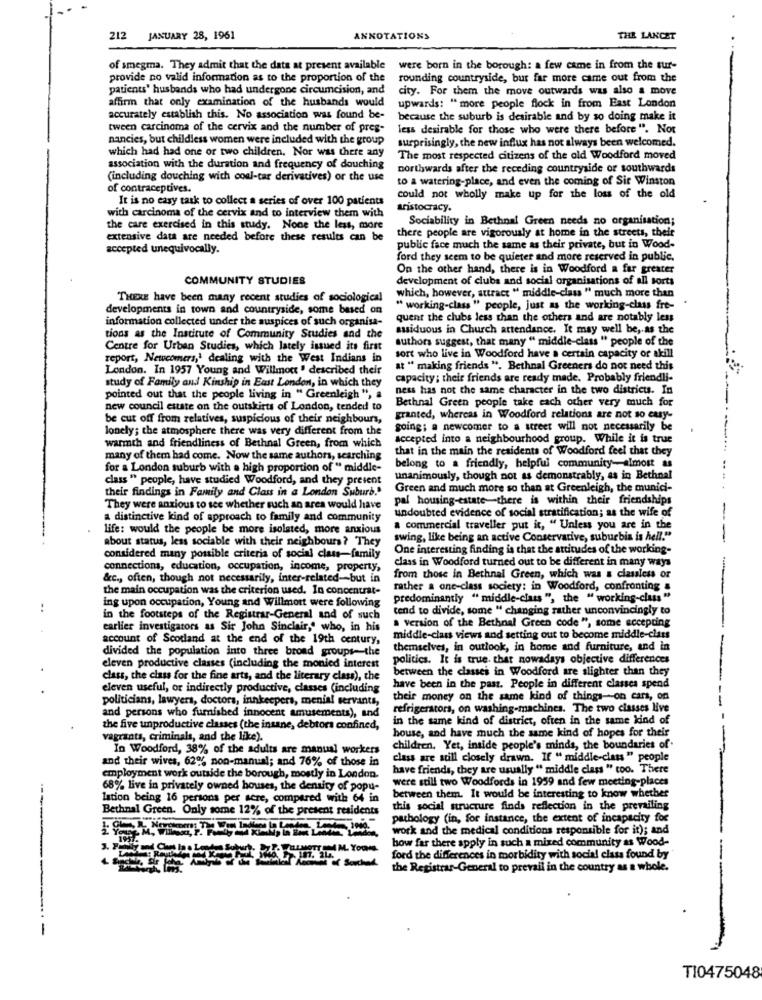
212 JANUARY 28, 1961
ANNOTATIONS
THE LANCET
of smegma. They admit that the data at present available
were born in the borough: a few came in from the sur-
provide no valid information as to the proportion of the
rounding countryside, but far more came out from the
patients' husbands who had undergone circumcision, and
city. For them the move outwards was also a move
affirm that only examination of the husbands would
upwards: "more people flock in from East London
accurately establish this. No association was found be-
because the suburb is desirable and by so doing make it
tween carcinoma of the cervix and the number of pres-
less desirable for those who were there before ". Not
nancies, but childless women were included with the group
surprisingly, the new influx has not always been welcomed.
which had had one or two children. Nor was there any
The most respected citizens of the old Woodford moved
association with the duration and frequency of douching
northwards after the receding countryside or southwards
(including douching with coal-tar derivatives) or the use
to a watering-place, and even the coming of Sir Winston
of contraceptives.
It is no easy task to collect a series of over 100 patients
could not wholly make up for the loss of the old
aristocracy.
with carcinoma of the cervix and to interview them with
Sociability in Bethnal Green needs no organisation;
the care exercised in this study. None the less, more
there people are vigorously at home in the streets, their
extensive data are needed before these results can be
accepted unequivocally.
public face much the same as their private, but in Wood-
ford they seem to be quieter and more reserved in public.
On the other hand, there is in Woodford a far greater
COMMUNITY STUDIES
development of clubs and social organisations of all sorts
THERE have been many recent studies of sociological
which, however, attract " middle-class " much more than
developments in town and countryside, some based on
" working-class " people, just as the working-class fre- '
information collected under the auspices of such organisa-
quent the clubs less than the others and are notably les
assiduous in Church attendance. It may well be, as the
tions as the Institute of Community Studies and the
authors suggest, that many " middle-class " people of the
Centre for Urban Studies, which lately issued its first
report, Newcomers,' dealing with the West Indians in
sort who live in Woodford have a certain capacity or akill
London. In 1957 Young and Willmott " described their
at " making friends ". Bethnal Greeners do not need this
study of Family and Kinship in East London, in which they
capacity; their friends are ready made. Probably friendli-
ness has not the same character in the two districts. In
pointed out that the people living in " Greenleigh ", a
Bethnal Green people take each other very much for
new council estate on the outskirts of London, tended to
be cut off from relatives, suspicious of their neighbours,
granted, whereas in Woodford relations are not so easy-
lonely; the atmosphere there was very different from the
going; a newcomer to a street will not necessarily be
accepted into a neighbourhood group. While it is true
warmth and friendliness of Bethnal Green, from which
that in the main the residents of Woodford feel that they
many of them had come. Now the same authors, searching
for a London suburb with a high proportion of " middle-
belong to a friendly, helpful community-almost as
class " people, have studied Woodford, and they present
unanimously, though not as demonstrably, as in Bethnal
their findings in Family and Class in a London Suburb."
Green and much more so than at Greenleigh, the munici-
pal housing-estate there is within their friendships
They were anxious to see whether such an area would have
undoubted evidence of social stratification; as the wife of
a distinctive kind of approach to family and community
-
life: would the people be more isolated, more anxious
a commercial traveller put it, " Unless you are in the
swing, like being an active Conservative, suburbia is hell."
-
about status, less sociable with their neighbours ? They
One interesting finding is that the attitudes of the working-
considered many possible criteria of social class-family
class in Woodford turned out to be different in many ways
connections, education, occupation, income, property,
&c ., often, though not necessarily, inter-related-but in
from those in Bethnal Green, which was a classless or
the main occupation was the criterion used. In concentrat-
rather a one-class society: in Woodford, confronting &
ing upon occupation, Young and Willmort were following
predominantly "middle-class ", the "working-class "
tend to divide, some " changing rather unconvincingly to
in the footsteps of the Registrar-General and of such
a version of the Bethnal Green code ", some accepting
earlier investigators as Sir John Sinclair," who, in his
account of Scotland at the end of the 19th century,
middle-class views and setting out to become middle-class
divided the population into three broad groups-the
themselves, in outlook, in home and furniture, and in
-- -
politics. It is true. that nowadays objective differences
eleven productive classes (including the monied interest
between the classes in Woodford are slighter than they
class, the class for the fine arts, and the literary class), the
eleven useful, or indirectly productive, classes (including
have been in the past. People in different classes spend
politicians, lawyers, doctors, innkeepers, menia! servants,
their money on the same kind of things-on cars, on
--
refrigerators, on washing-machines. The two classes live
and persons who furnished innocent amusements), and
in the same kind of district, often in the same kind of
the five unproductive classes (the insane, debtors confined,
house, and have much the same kind of hopes for their
vagrants, criminals, and the like).
In Woodford, 38% of the adults are manual workers
children. Yet, inside people's minds, the boundaries of.
and their wives, 62% non-manual; and 76% of those in
class are still closely drawn. If " middle-class " people
have friends, they are usually " middle class " too. There
employment work outside the borough, mostly in London.
were still two Woodfords in 1959 and few meeting-places
68% live in privately owned houses, the density of popu-
lation being 16 persons per acre, compared with 64 in
between them. It would be interesting to know whether
Bethnal Green. Only some 12% of the present residents
this social structure finds reflection in the prevailing
pathology (in, for instance, the extent of incapacity for
work and the medical conditions responsible for it); and
how far there apply in such a mixed community as Wood-
ford the differences in morbidity with social class found by
the Registrar-General to prevail in the country as a whole.
---------
T10475048